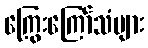
ကြွေးကြော်သံများ